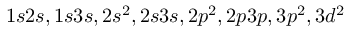
1 s 2 s , 1 s 3 s , 2 s ^ { 2 } , 2 s 3 s , 2 p ^ { 2 } , 2 p 3 p , 3 p ^ { 2 } , 3 d ^ { 2 }